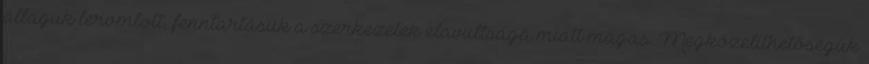
állaguk leromlott, fenntartásuk a szerkezetek elavultsága miatt magas. Megközelíthetőségük